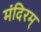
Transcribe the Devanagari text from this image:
मंदिरम्‌